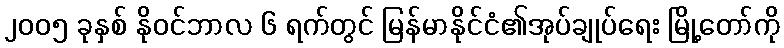
၂၀၀၅ ခုနှစ် နိုဝင်ဘာလ ၆ ရက်တွင် မြန်မာနိုင်ငံ၏အုပ်ချုပ်ရေး မြို့တော်ကို